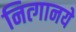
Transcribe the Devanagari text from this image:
नित्‍गानये